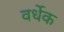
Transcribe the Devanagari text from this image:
वर्धेक